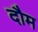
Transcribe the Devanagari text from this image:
दौम